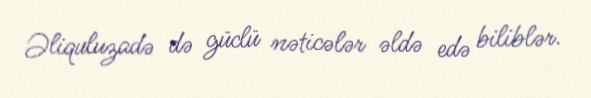
Əliquluzadə də güclü nəticələr əldə edə biliblər.